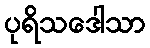
ပုရိသဒေါသာ